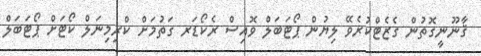
ޤާނޫނީގޮތުން ގެޒެޓްކުރެވޭ ލިޔުން ޕޯޓަބަލް ވޮއިސް ރެކޯޑަރ ގަތުމަށް ކްރިމިނަލް ކޯޓަށް ޕޯޓަބަލް